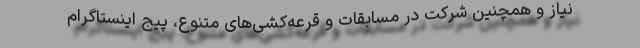
نیاز و همچنین شرکت‌ در مسابقات و قرعه‌کشی‌های متنوع، پیج اینستاگرام